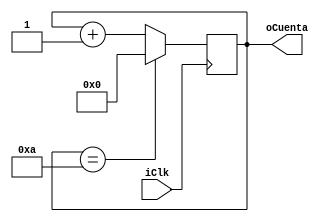
module CONTADOR (
   input iClk,
	output [3:0]oCuenta
);

reg [3:0]rCuenta_D = 4'd0;
reg [3:0]rCuenta_Q = 4'd0;

assign oCuenta = rCuenta_Q;

always @ (posedge iClk)
begin 
   rCuenta_Q <= rCuenta_D;
end 

always @ *
begin 
   if(rCuenta_Q == 4'd10)
	begin 
	   rCuenta_D = 4'd0;
	end 
	else 
	begin
	   rCuenta_D = rCuenta_Q + 1'd1;
	end 
end

endmodule